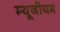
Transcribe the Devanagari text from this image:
म्‍यूजीयम